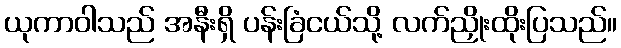
ယုကာဝါသည် အနီးရှိ ပန်းခြံငယ်သို့ လက်ညှိုးထိုးပြသည်။